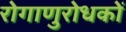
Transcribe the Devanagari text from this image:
रोगाणुरोधकों